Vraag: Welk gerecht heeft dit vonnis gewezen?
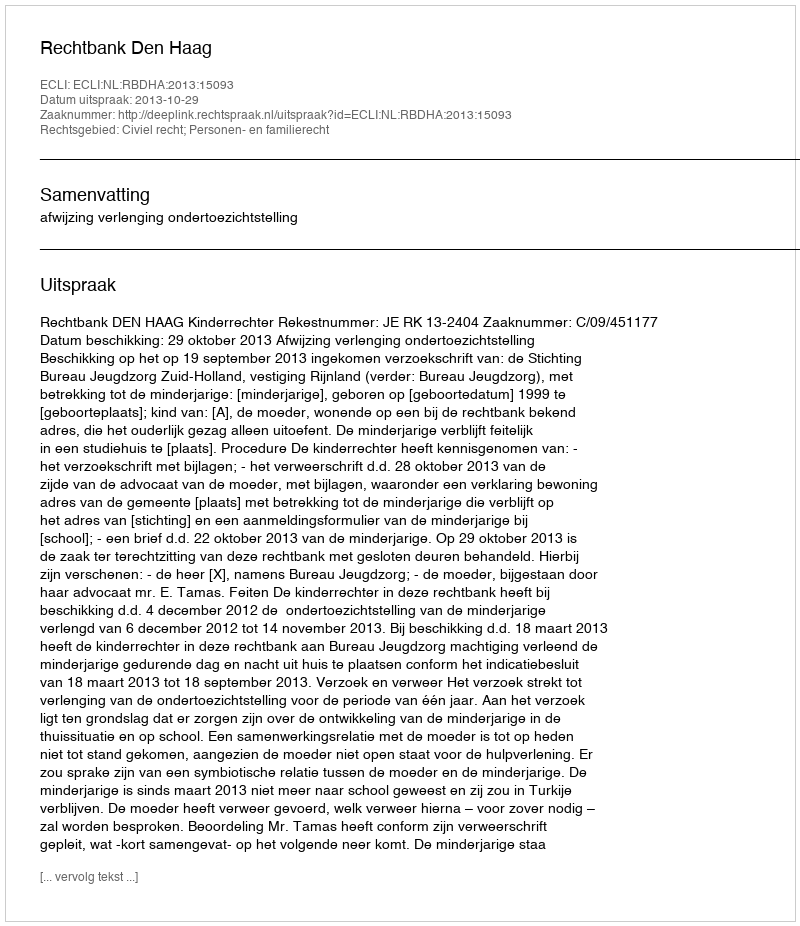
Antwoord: Rechtbank Den Haag